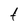
Character: t